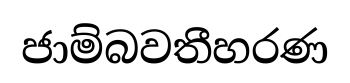
ජාම්බවතීහරණ